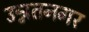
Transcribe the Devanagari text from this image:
उन्नतनगर